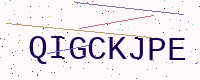
Text: QIGCKJPE